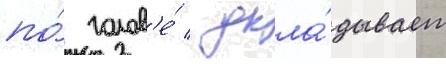
по́ голов'е́ / укла́дывает